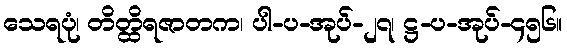
သေရပုံ၊ တိတ္ထိရဇာတက၊ ပါ-ပ-အုပ်-၂၇၊ ဋ္ဌ-ပ-အုပ်-၄၅၆။